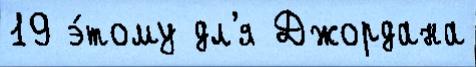
19 э́тому дл'я Джордана